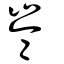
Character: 崙